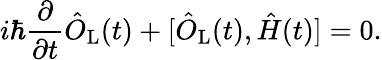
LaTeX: i\hbar\frac{\partial}{\partial t}\hat{O}_{\mathrm{L}}(t)+[\hat{O}_{\mathrm{L}}(t),\hat{H}(t)]=0.